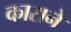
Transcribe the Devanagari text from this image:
काराने